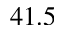
4 1 . 5